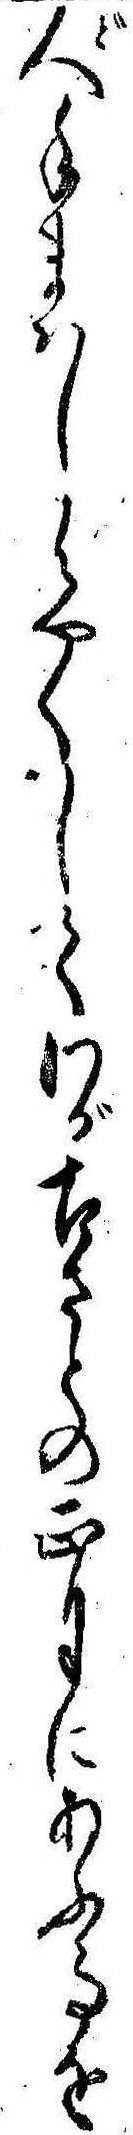
人手まはしはやくしてわが古さとの正月にあふ事を